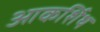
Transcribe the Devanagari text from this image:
आकर्शिथ